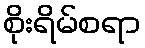
စိုးရိမ်စရာ